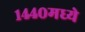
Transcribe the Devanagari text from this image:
१४४०मध्ये